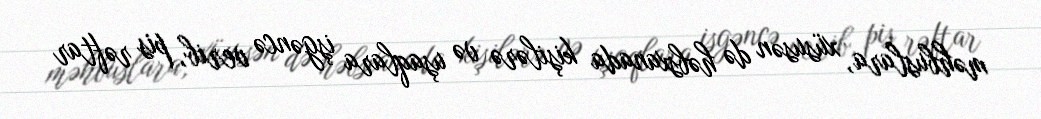
məhbuslara, xüsusən də həbsxanada kişilərə və uşaqlara işgəncə verib, pis rəftar